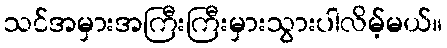
သင်အမှားအကြီးကြီးမှားသွားပါလိမ့်မယ်။